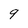
Character: 9